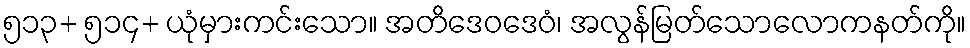
၅၁၃+ ၅၁၄+ ယုံမှားကင်းသော။ အတိဒေဝဒေဝံ၊ အလွန်မြတ်သောလောကနတ်ကို။